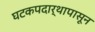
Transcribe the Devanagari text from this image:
घटकपदार्थापासून